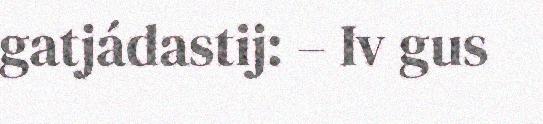
gatjádastij: – Iv gus